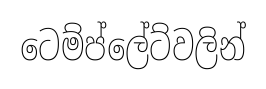
ටෙම්ප්ලේට්වලින්